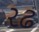
રઢ